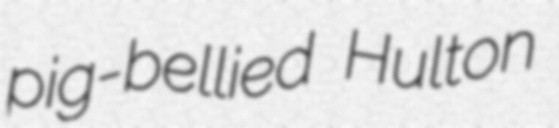
pig-bellied Hulton